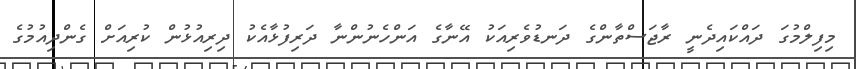
މިފިލްމުގަ ދައްކައިދެނީ ރާޖަސްތާންގެ ދަނޑުވެރިއަކު އޭނާގެ އަންހެނުންނާ ދަރިފުޅާއެކު ދިރިއުޅުން ކުރިއަށް ގެންދިއުމުގެ